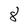
Character: 8